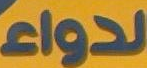
الدواء